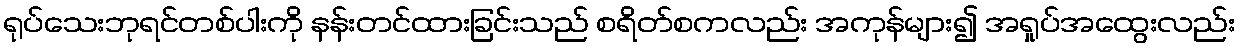
ရုပ်သေးဘုရင်တစ်ပါးကို နန်းတင်ထားခြင်းသည် စရိတ်စကလည်း အကုန်များ၍ အရှုပ်အထွေးလည်း